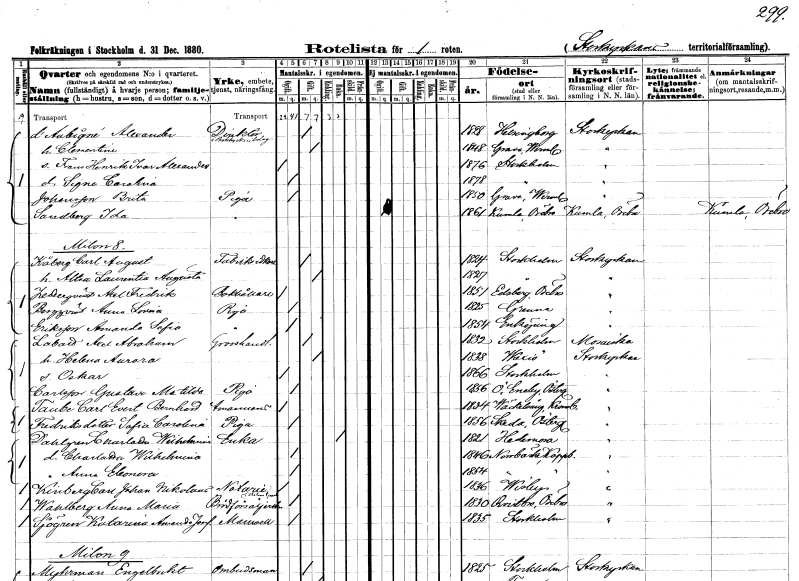
gt_parse: households: individuals: FN: Alexander
EN: d' Aubigne
YRKE: Direktör i Boktr. Aktiebolag
KON: M
CIV: G
FODAR: 1828
FODFORS: Hälsingborg Malmöhus län
FN: Clementine
KON: K
CIV: G
FODAR: 1848
FODFORS: Grava Värmlands län
FN: Frans Henrik Ivar Alexander
KON: M
CIV: O
FODAR: 1876
FODFORS: Stockholm
FN: Signe Carolina
KON: K
CIV: O
FODAR: 1878
FODFORS: Stockholm
FN: Brita
EN: Johansson
YRKE: Piga
KON: K
CIV: O
FODAR: 1850
FODFORS: Grava Värmlands län
FN: Ida
EN: Sandberg
YRKE: Piga
KON: K
CIV: O
FODAR: 1861
FODFORS: Kumla Örebro län
FN: Carl August
EN: Kåberg
YRKE: Fabriksidkare
KON: M
CIV: G
FODAR: 1824
FODFORS: Stockholm
FN: Altea Laurentia Augusta
KON: K
CIV: G
FODAR: 1827
FODFORS: Stockholm
FN: Axel Fredrik
EN: Zetterqvist
YRKE: Bokhållare
KON: M
CIV: O
FODAR: 1851
FODFORS: Edsberg Örebro län
FN: Anna Lovisa
EN: Bergqvist
YRKE: Piga
KON: K
CIV: O
FODAR: 1825
FODFORS: Gränna Jönköpings län
FN: Amanda Sofia
EN: Eriksson
YRKE: Piga
KON: K
CIV: O
FODAR: 1854
FODFORS: Enköping Uppsala län
FN: Axel Abraham
EN: Labard
YRKE: Grosshandlare
KON: M
CIV: G
FODAR: 1832
FODFORS: Stockholm
FN: Helena Aurora
KON: K
CIV: G
FODAR: 1838
FODFORS: Växjö Kronobergs län
FN: Oskar
KON: M
CIV: O
FODAR: 1866
FODFORS: Stockholm
FN: Gustava Matilda
EN: Carlsson
YRKE: Piga
KON: K
CIV: O
FODAR: 1856
FODFORS: Östra Eneby Östergötlands län
FN: Carl Evert Bernhard
EN: Taube
YRKE: Amanuens
KON: M
CIV: O
FODAR: 1834
FODFORS: Väckelsång Kronobergs län
FN: Sofia Carolina
EN: Fredriksdotter
YRKE: Piga
KON: K
CIV: O
FODAR: 1856
FODFORS: Skeda Östergötlands län
FN: Charlotta Wilhelmina
EN: Dahlgren
YRKE: Änka
KON: K
CIV: E
FODAR: 1821
FODFORS: Hedemora Kopparbergs län
FN: Charlotta Wilhelmina
KON: K
CIV: O
FODAR: 1846
FODFORS: Norrbärke Kopparbergs län
FN: Anna Eleonora
KON: K
CIV: O
FODAR: 1854
FODFORS: Norrbärke Kopparbergs län
FN: Carl Johan Nikolaus
EN: Kinberg
YRKE: Notarie
KON: M
CIV: O
FODAR: 1836
FODFORS: Visby Gotlands län
FN: Anna Maria
EN: Wahlberg
YRKE: Brödförsäljerska
KON: K
CIV: O
FODAR: 1830
FODFORS: Kvistbro Örebro län
FN: Katarina Amanda Josefina
EN: Sjögren
KON: K
CIV: O
FODAR: 1835
FODFORS: Stockholm